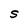
Character: S